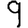
Digit: 9